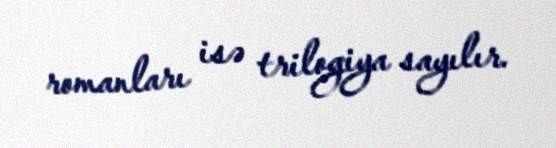
romanları isə trilogiya sayılır.